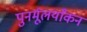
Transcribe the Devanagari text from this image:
पुनर्मूलयाँकन